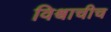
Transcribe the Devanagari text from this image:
विश्वाचीच